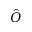
\hat { O }